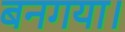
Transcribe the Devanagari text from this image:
बनगया।